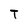
Character: T